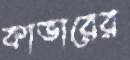
কাভারের